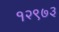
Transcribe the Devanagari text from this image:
१२९७३